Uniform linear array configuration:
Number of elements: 64
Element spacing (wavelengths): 0.75
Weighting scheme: blackman
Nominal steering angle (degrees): -45
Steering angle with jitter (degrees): -45.625
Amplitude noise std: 0.05
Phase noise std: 0.05

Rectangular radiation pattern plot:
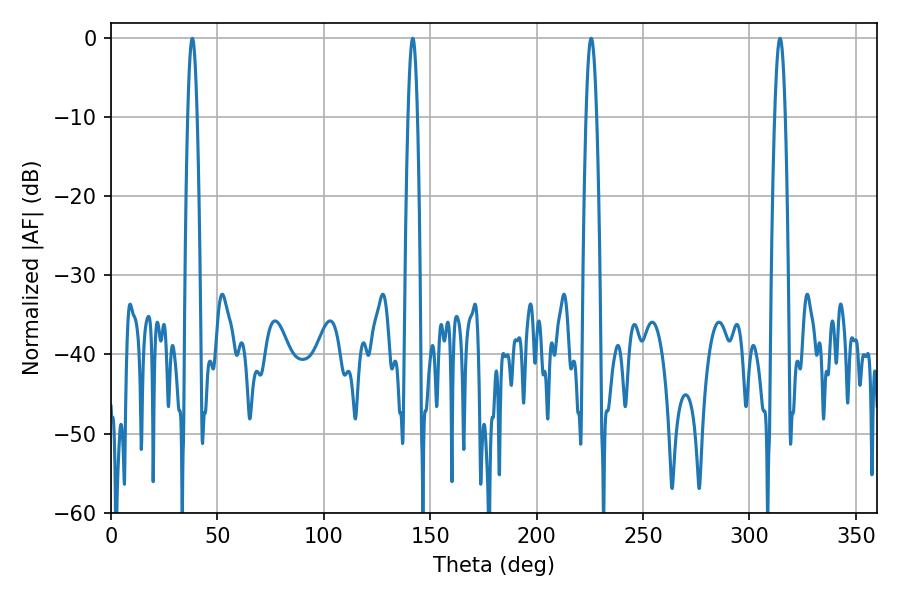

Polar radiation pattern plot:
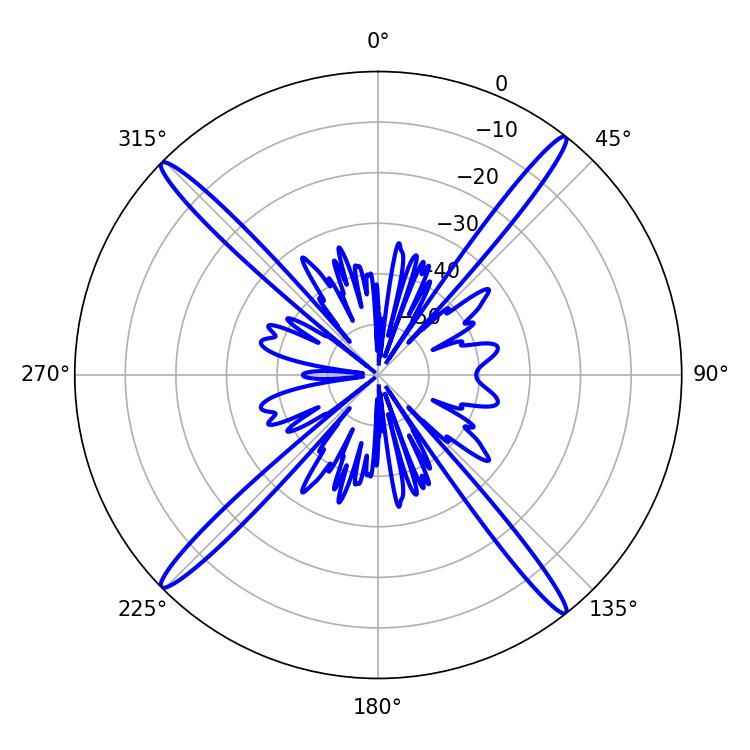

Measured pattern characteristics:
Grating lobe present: TRUE
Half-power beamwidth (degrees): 2.34
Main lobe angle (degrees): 38.16